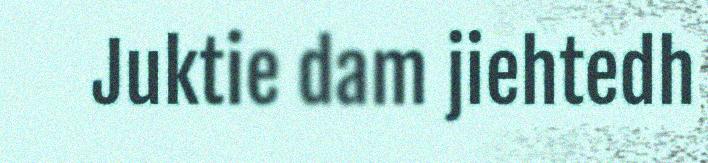
Juktie dam jiehtedh